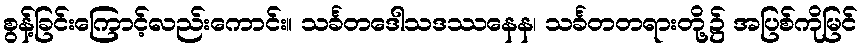
စွန့်ခြင်းကြောင့်လည်းကောင်း။ သင်္ခတဒေါသဒဿနေန၊ သင်္ခတတရားတို့၌ အပြစ်ကိုမြင်